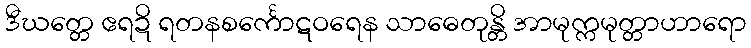
ဒီဃတ္တေ ဧရဍိ ရတနစင်္ကောဋဝရေန သာဓေတုန္တိ အာမုက္ကမုတ္တာဟာရော